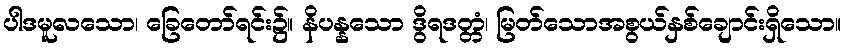
ပါဒမူလသော၊ ခြေတော်ရင်း၌။ နိပန္နသော ဒွိရဒတ္တံ၊ မြတ်သောအစွယ်နှစ်ချောင်းရှိသော။